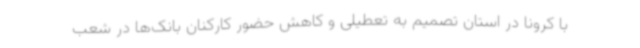
با کرونا در استان تصمیم به تعطیلی و کاهش حضور کارکنان بانک‌ها در شعب